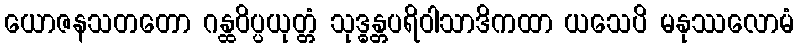
ယောဇနသတတော ဂန္ထဝိပ္ပယုတ္တံ သုဒ္ဓန္တပရိဝါသာဒိကထာ ယသေပိ မနုဿလောမံ